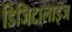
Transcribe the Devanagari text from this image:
डिजिटालाइज